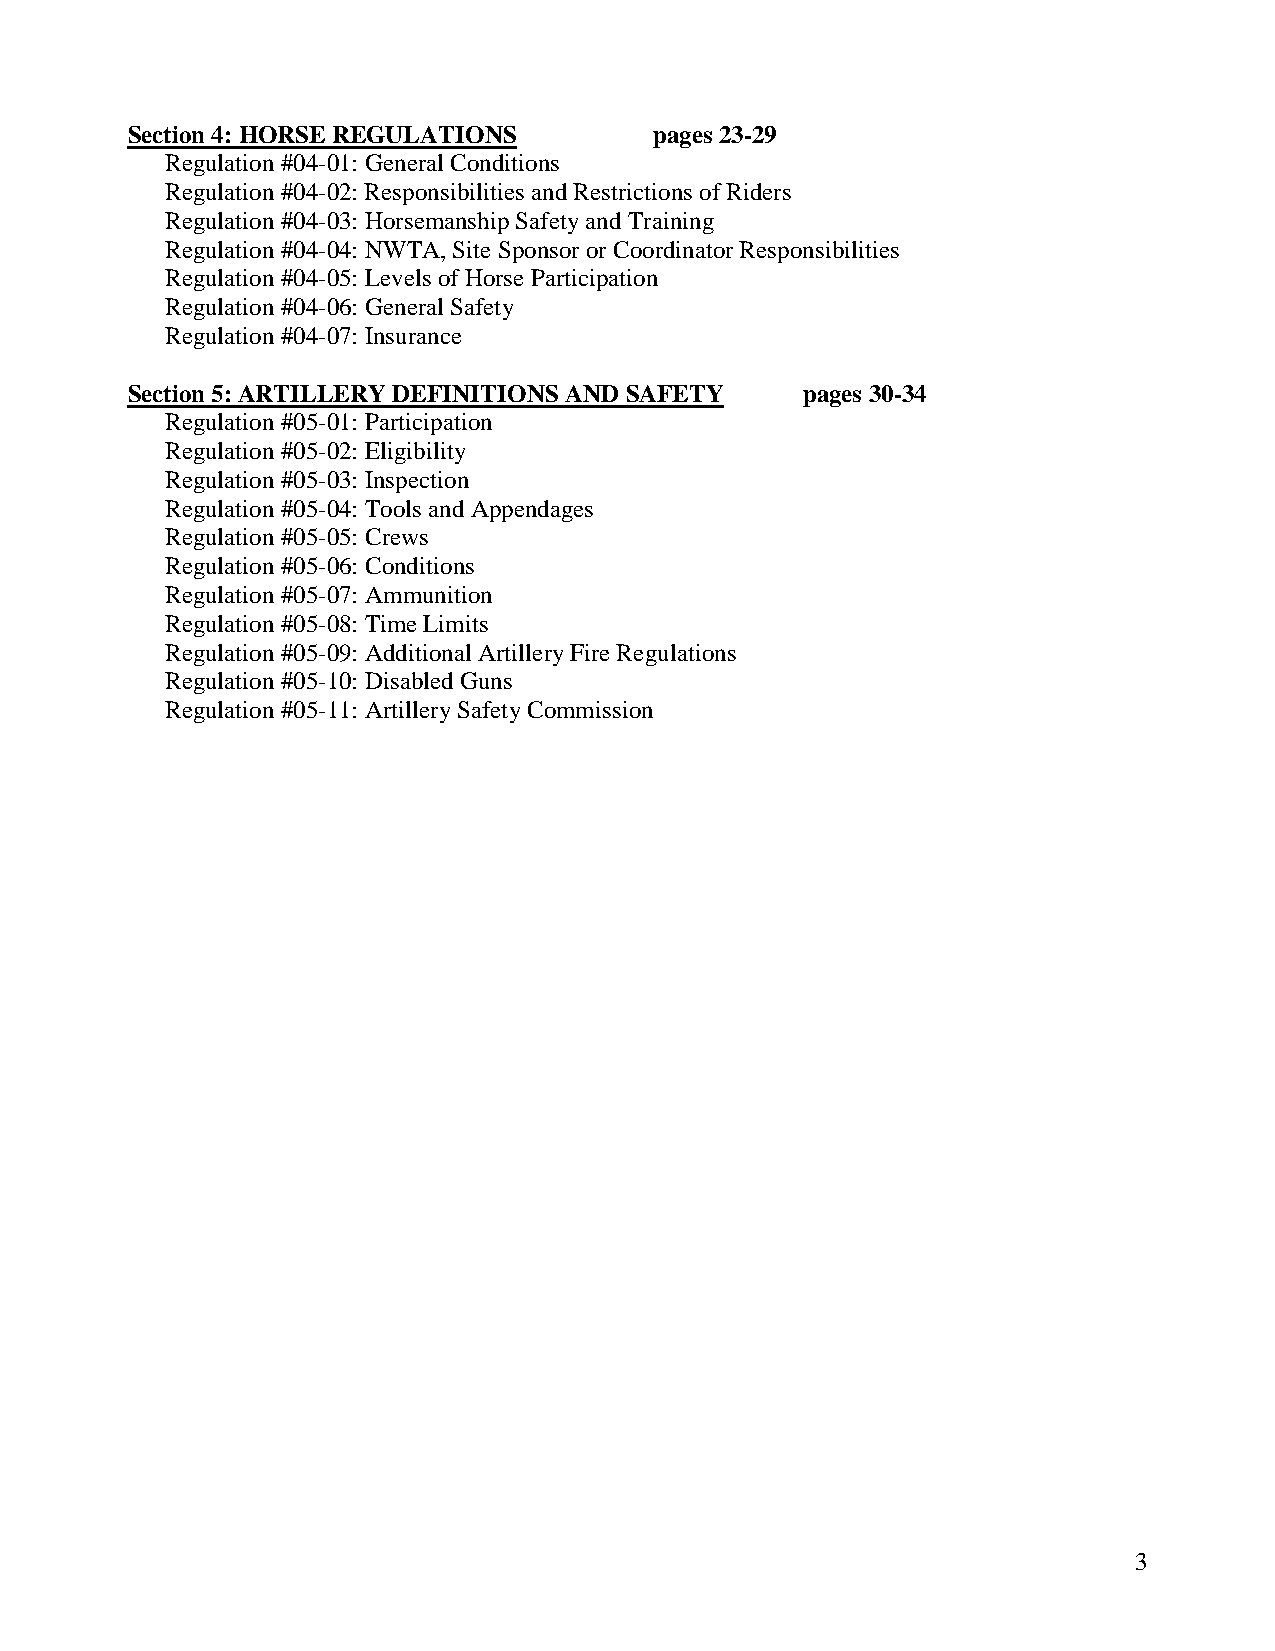
Section 4: HORSE REGULATIONS       pages 23-29
 Regulation #04-01: General Conditions
 Regulation #04-02: Responsibilities and Restrictions of Riders
 Regulation #04-03: Horsemanship Safety and Training
 Regulation #04-04: NWTA, Site Sponsor or Coordinator Responsibilities
 Regulation #04-05: Levels of Horse Participation
 Regulation #04-06: General Safety
 Regulation #04-07: Insurance
 Section 5: ARTILLERY DEFINITIONS AND SAFETY  pages 30-34
 Regulation #05-01: Participation
 Regulation #05-02: Eligibility
 Regulation #05-03: Inspection
 Regulation #05-04: Tools and Appendages
 Regulation #05-05: Crews
 Regulation #05-06: Conditions
 Regulation #05-07: Ammunition
 Regulation #05-08: Time Limits
 Regulation #05-09: Additional Artillery Fire Regulations
 Regulation #05-10: Disabled Guns
 Regulation #05-11: Artillery Safety Commission
 3